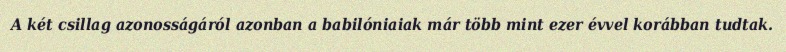
A két csillag azonosságáról azonban a babilóniaiak már több mint ezer évvel korábban tudtak.